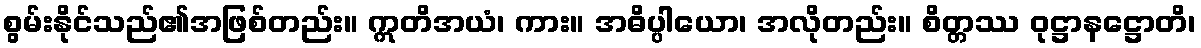
စွမ်းနိုင်သည်၏အဖြစ်တည်း။ ဣတိအယံ၊ ကား။ အဓိပ္ပါယော၊ အလိုတည်း။ စိတ္တဿ ဝုဋ္ဌာနဋ္ဌောတိ၊